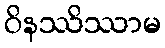
ဝိနဿိဿာမ